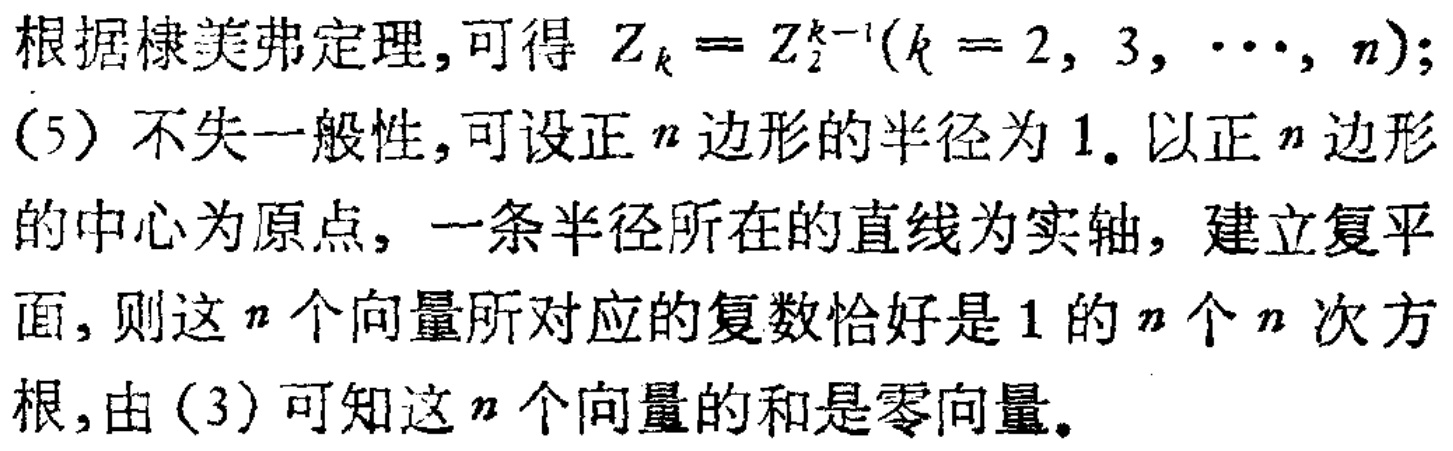
根据棣美弗定理,可得 \(Z_{k}=Z_{2}^{k - 1}(k = 2,3,\cdots,n)\);
(5) 不失一般性,可设正 \(n\) 边形的半径为 \(1\). 以正 \(n\) 边形的中心为原点, 一条半径所在的直线为实轴, 建立复平面,则这 \(n\) 个向量所对应的复数恰好是 \(1\) 的 \(n\) 个 \(n\) 次方根,由 (3) 可知这 \(n\) 个向量的和是零向量.